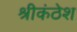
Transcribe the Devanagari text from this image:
श्रीकंठेश